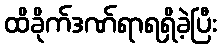
ထိခိုက်ဒဏ်ရာရရှိခဲ့ပြီး